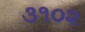
૩૧૦૨